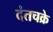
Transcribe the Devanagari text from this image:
दंतचक्रे